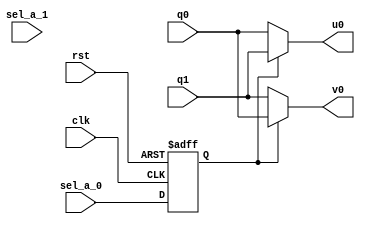
module network_bf_in #(parameter data_width = 14)(
    input clk,rst,
    input sel_a_0,sel_a_1,
    input [data_width-1:0] q0,q1,
    output [data_width-1:0] u0,v0
    );
   
   reg sel_a_0_tmp;
   always@(posedge clk or posedge rst)
   begin
     if(rst)
       sel_a_0_tmp <= 0;
     else
       sel_a_0_tmp <= sel_a_0; 
   end
   
   assign u0 = sel_a_0_tmp == 0 ? q0 : q1;
   assign v0 = sel_a_0_tmp == 1 ? q0 : q1;

endmodule